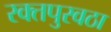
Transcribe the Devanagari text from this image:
रक्‍तपुरवठा